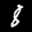
Label: 8